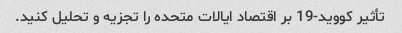
تأثیر کووید-19 بر اقتصاد ایالات متحده را تجزیه و تحلیل کنید.